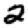
Digit: 2